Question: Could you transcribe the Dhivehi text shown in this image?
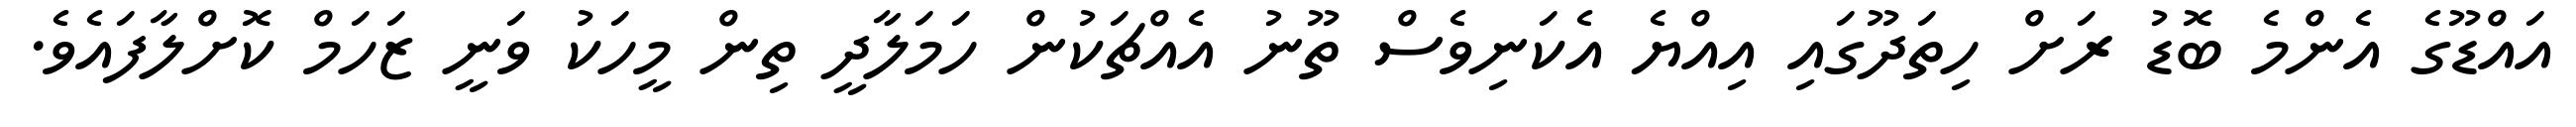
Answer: އައްޑޫގެ އެންމެ ބޮޑު ރަށް ހިތަދޫގައި އިއްޔެ އެކަނިވެސް ތޫނު އެއްޗަކުން ހަމަލާދީ ތިން މީހަކު ވަނީ ޒަހަމް ކޮށްލާފައެވެ.